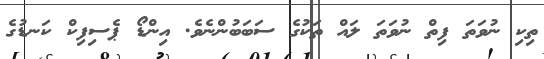
ތިކި ނުވަތަ ފިތް ނުވަތަ ލައް ތަކުގެ ސަބަބުންނެވެ. އިންޑޯ ޕެސިފިކް ކަނޑުގެ